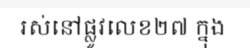
រស់នៅផ្លូវលេខ២៧ ក្នុង